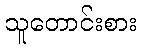
သူတောင်းစား